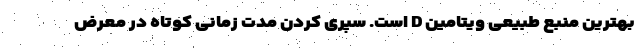
بهترین منبع طبیعی ویتامین D است. سپری کردن مدت زمانی کوتاه در معرض